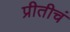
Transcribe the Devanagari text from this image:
प्रीतीचं